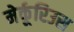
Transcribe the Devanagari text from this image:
मेर्कूरिउस